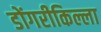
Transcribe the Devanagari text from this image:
डोंगरीकिल्ला